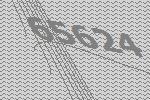
65624